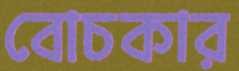
বোচকার